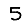
Digit: 5